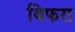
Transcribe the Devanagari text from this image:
बिफरा